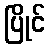
ပြိုင်